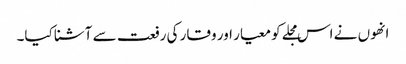
انھوں نے اس مجلے کو معیار اور وقار کی رفعت سے آشنا کیا۔